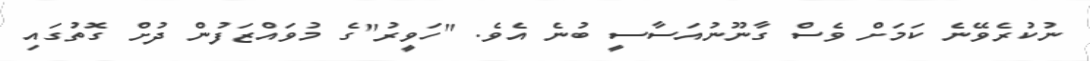
ނުކުރެވޭނެ ކަމަށް ވެސް ގާނޫނުއަސާސީ ބުނެ އެވެ. "ހަވީރު"ގެ މުވައްޒަފުން ދުށް ގޮތުގައި